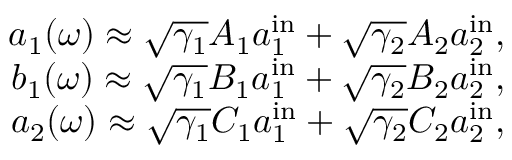
\begin{array} { r } { a _ { 1 } ( \omega ) \approx \sqrt { \gamma _ { 1 } } A _ { 1 } a _ { 1 } ^ { \mathrm { i n } } + \sqrt { \gamma _ { 2 } } A _ { 2 } a _ { 2 } ^ { \mathrm { i n } } , } \\ { b _ { 1 } ( \omega ) \approx \sqrt { \gamma _ { 1 } } B _ { 1 } a _ { 1 } ^ { \mathrm { i n } } + \sqrt { \gamma _ { 2 } } B _ { 2 } a _ { 2 } ^ { \mathrm { i n } } , } \\ { a _ { 2 } ( \omega ) \approx \sqrt { \gamma _ { 1 } } C _ { 1 } a _ { 1 } ^ { \mathrm { i n } } + \sqrt { \gamma _ { 2 } } C _ { 2 } a _ { 2 } ^ { \mathrm { i n } } , } \end{array}